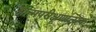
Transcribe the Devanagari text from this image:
आत्मपरीक्षणात्मक